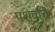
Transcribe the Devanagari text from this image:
पशुवृत्ति